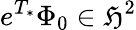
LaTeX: e^{T_{*}}\Phi_{0}\in\mathfrak{H}^{2}